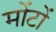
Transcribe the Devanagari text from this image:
मोंटों